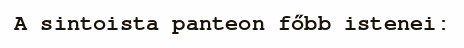
A sintoista panteon főbb istenei: